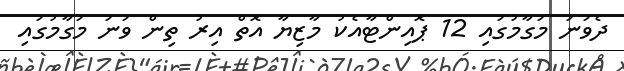
ދެވަނަ މަގާމުގައި 12 ޕޮއިންޓާއެކު މާޒިޔާ އޮތް އިރު ތިން ވަނަ މަގާމުގައި